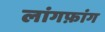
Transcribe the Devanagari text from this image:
लांगफ़ांग